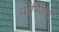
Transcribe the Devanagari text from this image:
पोंपियाईं